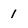
Character: 1